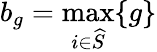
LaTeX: b_{g}=\operatorname*{max}_{i\in\widehat{S}}\{ g\}